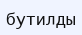
бутилды